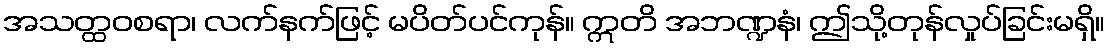
အသတ္ထဝစရာ၊ လက်နက်ဖြင့် မပိတ်ပင်ကုန်။ ဣတိ အဘဏ္ဍနံ၊ ဤသို့တုန်လှုပ်ခြင်းမရှိ။